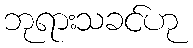
ဘုရားသခင်ဟု